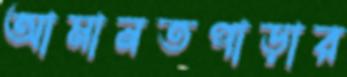
আমানতপাড়ার